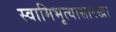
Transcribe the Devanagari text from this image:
स्वामिभृत्यासारखा